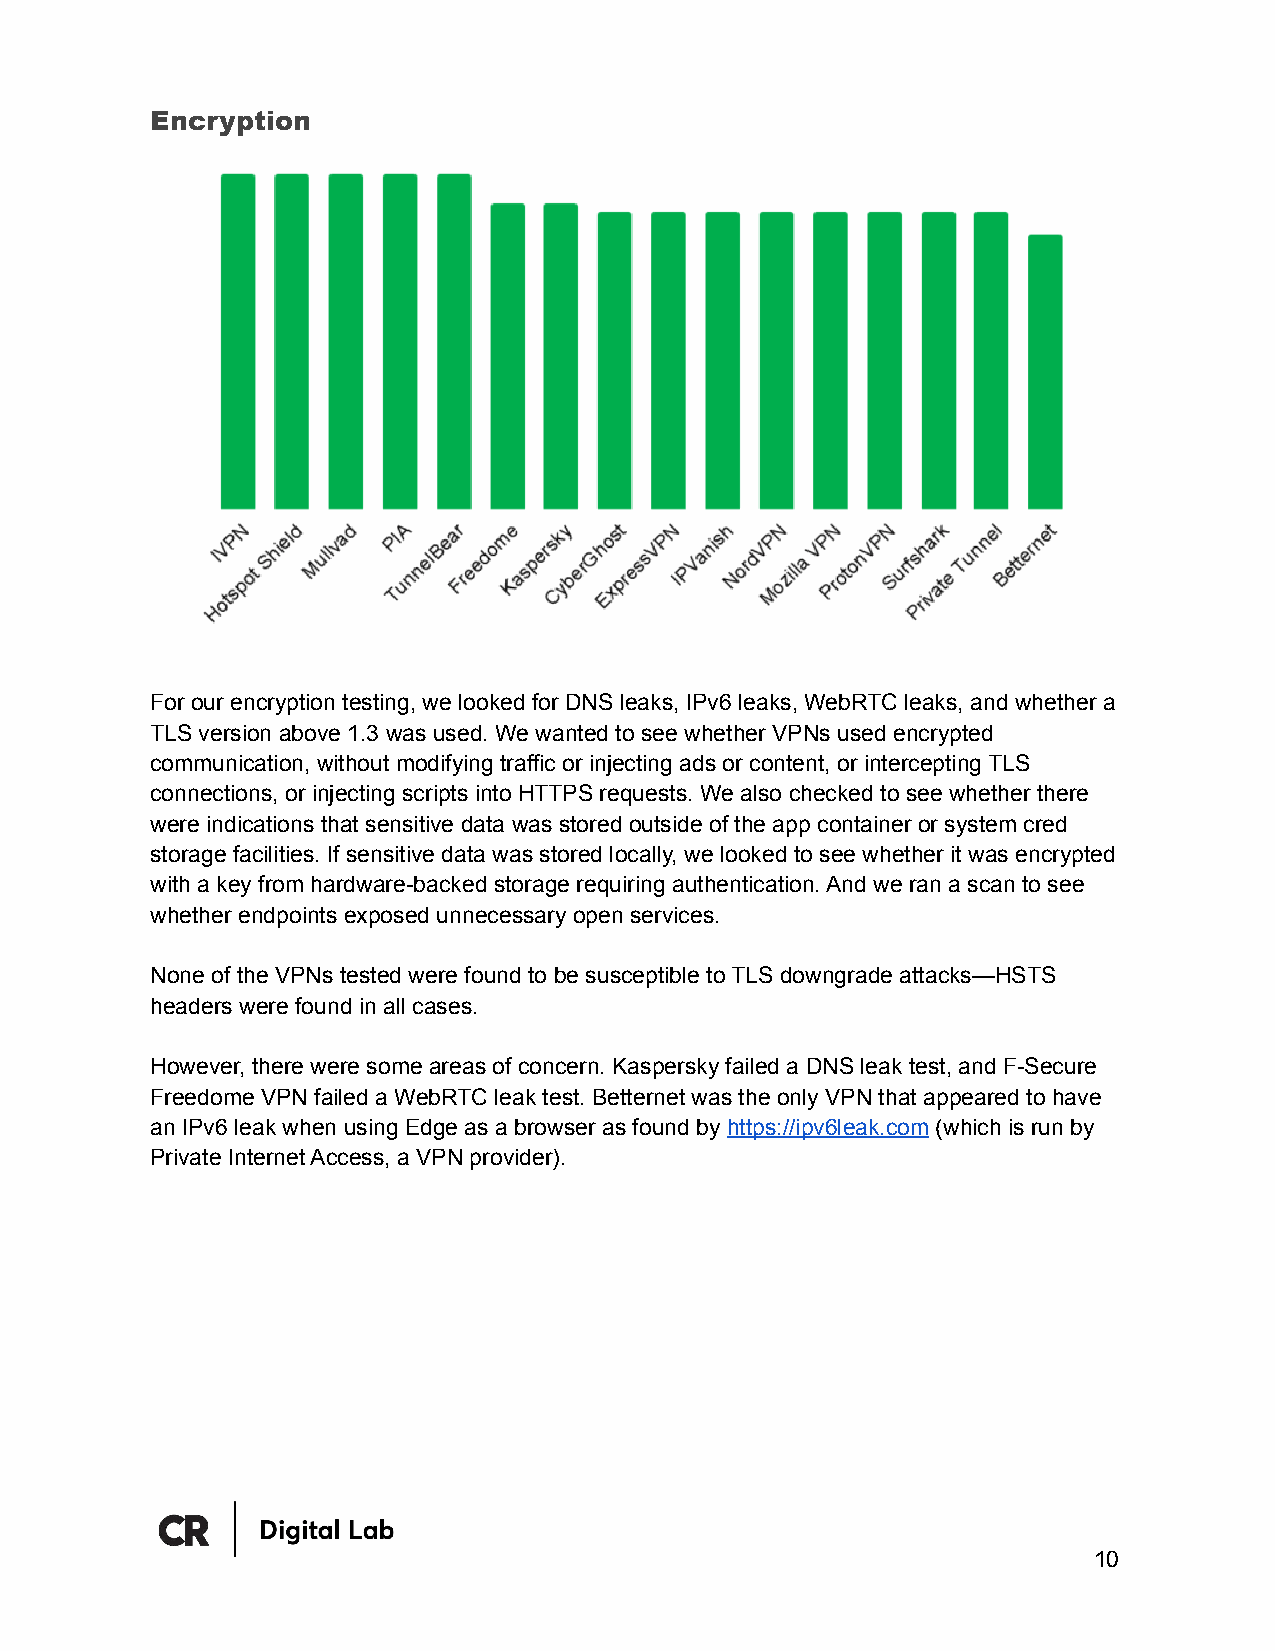
Encryption
 For our encryption testing, we looked for DNS leaks, IPv6 leaks, WebRTC leaks, and whether a
 TLS version above 1.3 was used. We wanted to see whether VPNs used encrypted
 communication, without modifying traffic or injecting ads or content, or intercepting TLS
 connections, or injecting scripts into HTTPS requests. We also checked to see whether there
 were indications that sensitive data was stored outside of the app container or system cred
 storage facilities. If sensitive data was stored locally, we looked to see whether it was encrypted
 with a key from hardware-backed storage requiring authentication. And we ran a scan to see
 whether endpoints exposed unnecessary open services.
 None of the VPNs tested were found to be susceptible to TLS downgrade attacks—HSTS
 headers were found in all cases.
 However, there were some areas of concern. Kaspersky failed a DNS leak test, and F-Secure
 Freedome VPN failed a WebRTC leak test. Betternet was the only VPN that appeared to have
 an IPv6 leak when using Edge as a browser as found by https://ipv6leak.com (which is run by
 Private Internet Access, a VPN provider).
 10